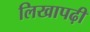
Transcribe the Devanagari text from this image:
लिखापढ़ी